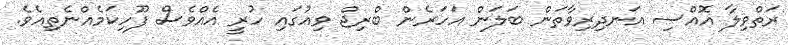
ރަތްވިލާ އޮއްސި އަނދިރިވާތަން ބަލަން އަހަރެން ބްރިޖް ވިއުގައި ހުރީ އެއްވެސް ފޫހިކަމެއްނެތިއެވެ.